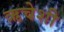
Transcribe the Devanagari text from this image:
ऋचेशी